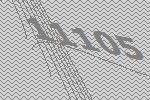
11105